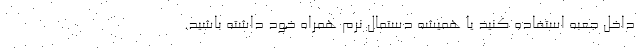
داخل جعبه استفاده کنید یا همیشه دستمال نرم همراه خود داشته باشید.